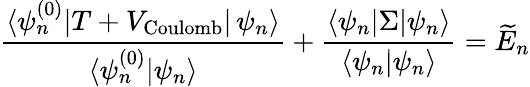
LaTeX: \frac{\langle\psi_{n}^{(0)}|T+V_{\textrm{Coulomb}}|\, \psi_{n}\rangle}{\langle\psi_{n}^{(0)}|\psi_{n}\rangle}+\frac{\langle\psi_{n}|\Sigma|\psi_{n}\rangle}{\langle\psi_{n}|\psi_{n}\rangle}=\widetilde{E}_{n}